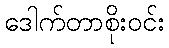
ဒေါက်တာစိုးဝင်း